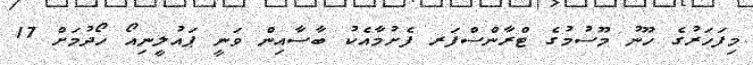
މިފަހަރުގެ ހޫނު މޫސުމުގެ ޓްރާންސްފަރ ފެށުމާއެކު ބާސާއިން ވަނީ ޕައުލީނިއޯ ހޯދުމަށް 17